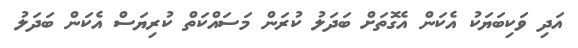
އަދި ވަކިބަޔަކު އެކަން އެގޮތަށް ބަދަލު ކުރަން މަސައްކަތް ކުރިޔަސް އެކަން ބަދަލު